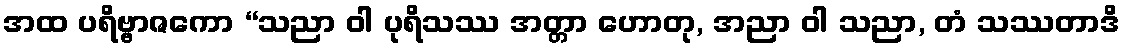
အထ ပရိဗ္ဗာဇကော “သညာ ဝါ ပုရိသဿ အတ္တာ ဟောတု, အညာ ဝါ သညာ, တံ သဿတာဒိ